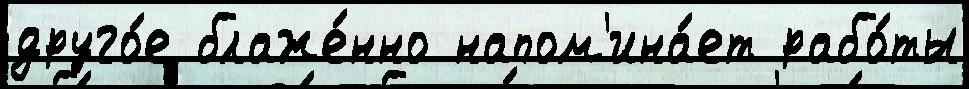
друго́е блаже́нно напом'ина́ет рабо́ты